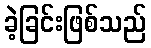
ခဲ့ခြင်းဖြစ်သည်